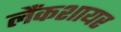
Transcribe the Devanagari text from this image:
लैंकशायर